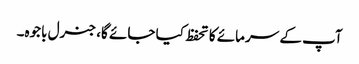
آپ کے سرمائے کا تحفظ کیا جائے گا، جنرل باجوہ۔